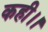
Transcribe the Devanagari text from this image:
कही।।